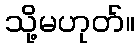
သို့မဟုတ်။